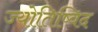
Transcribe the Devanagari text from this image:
ज्योतिष्विद